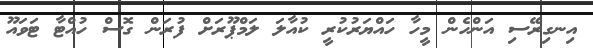
އިނގިރޭސި އަންހެން މީހާ ހައްޔަރުކުރީ ކުއާލަ ލަމްޕޫރަށް ފުރަން ގޮސް ހުއްޓާ ޓަވައޫ